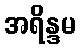
အရိန္ဒမ